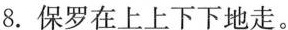
8.保罗在上上下下地走。